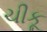
ચીકૂ